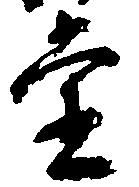
堂